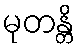
မုတန္တိ